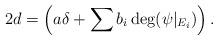
LaTeX: \begin{align*}2d=\left(a\delta+\sum b_i \deg(\psi|_{E_i})\right).\end{align*}